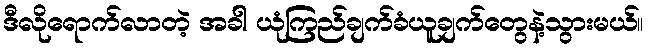
ဒီလိုရောက်လာတဲ့ အခါ ယုံကြည်ချက်ခံယူချက်တွေနဲ့သွားမယ်။